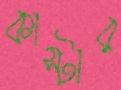
কাস্টার